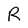
Character: R